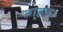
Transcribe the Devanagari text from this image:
ब्राह्रण